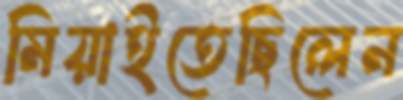
মিয়াইতেছিলেন